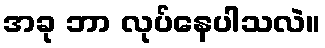
အခု ဘာ လုပ်နေပါသလဲ။